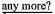
\underline{any more?}